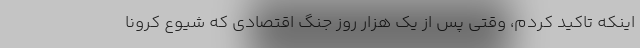
اینکه تاکید کردم، وقتی پس از یک هزار روز جنگ اقتصادی که شیوع کرونا